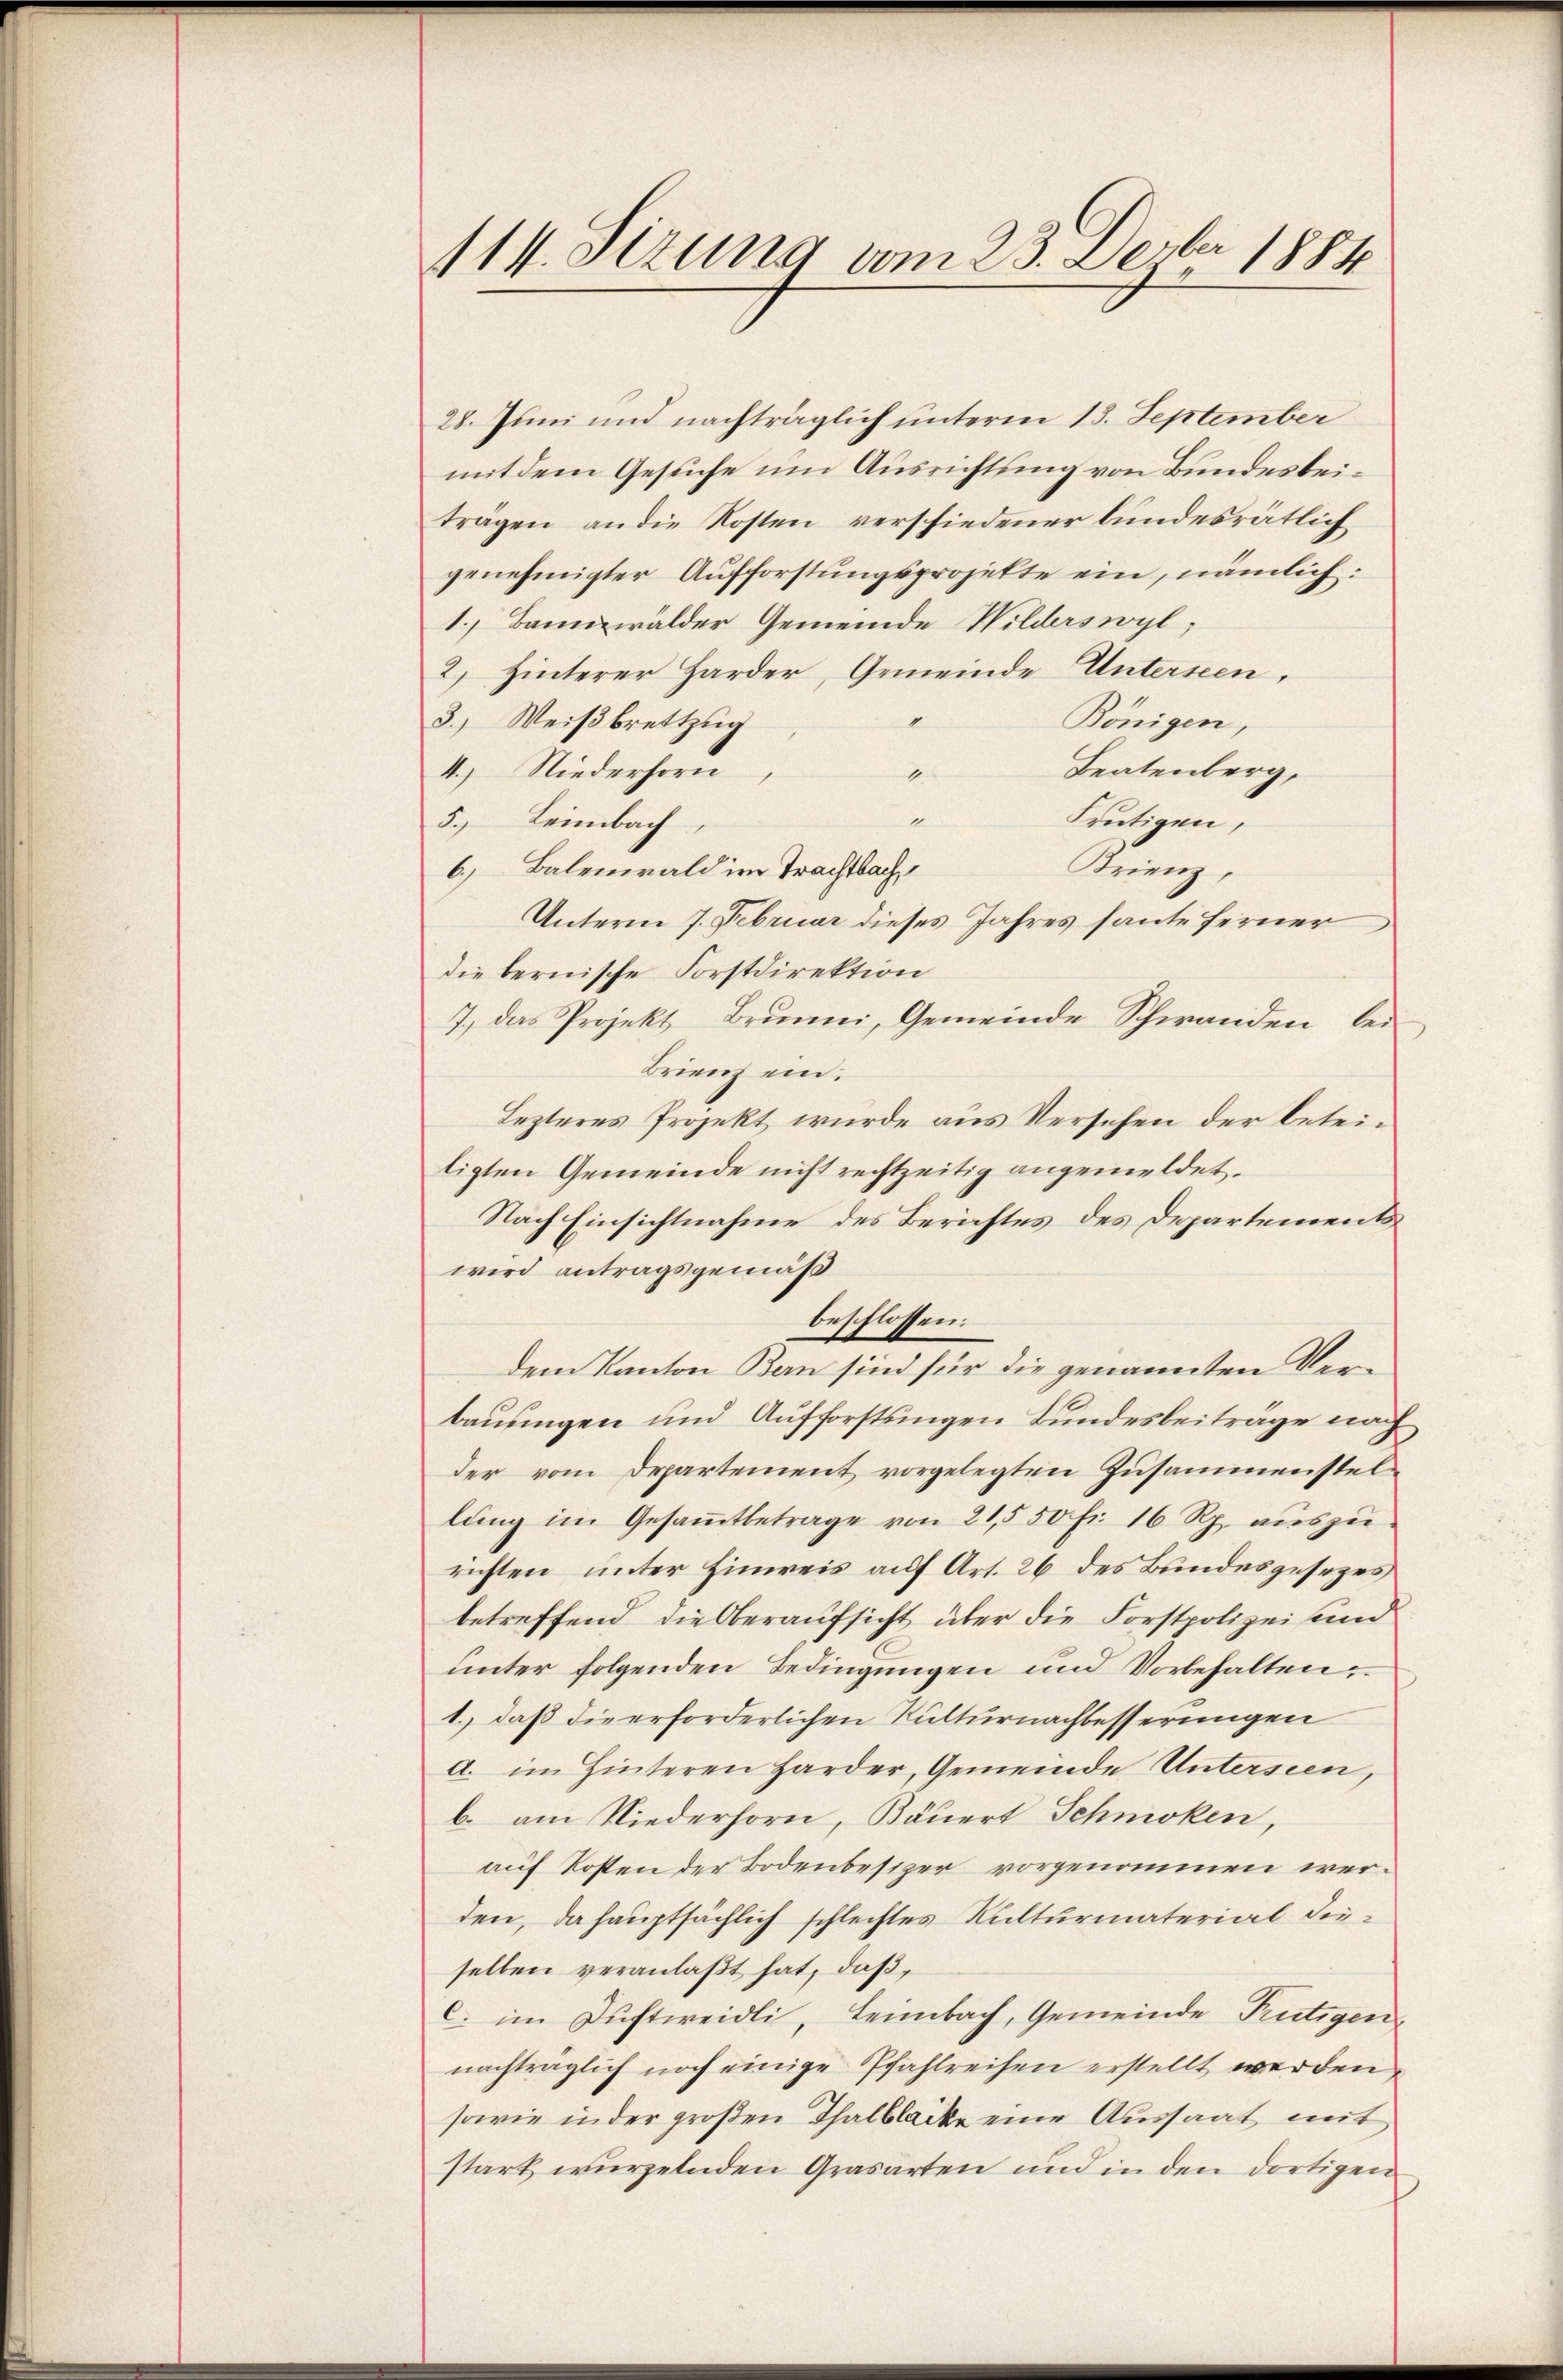
114. Sizung vom 23. Devber 1884

28. Juni und nachträglich unterm 13. September
mit dem Gesuche um Ausrichtung von Bundesbeiträgen an die Kosten verschiedener bundesrätlich
genehmigter Aufforstungsprojekte ein, nämlich:
1. Bannwalder Gemeinde Wilderswyl,
2) Hinterer Harder, Gemeinde Unterseen,
1
3.) Weißbrettzug
Bönigen,
Teatenberg,
4.) Niederhorn,
1
Frutigen,
A
5. Leimbach,
Krienz,
6.) Balenwald im Trachtbach,
Unterm 7. Februar dieses Jahres haute ferner
die bernische Forstdirektion
7. das Projekt Brŭnni, Gemeinde Schwanden bei
Brienz ein.
Lezteres Projekt wurde aus Versehen der beteiligten Gemeinde nicht rechtzeitig angemeldet.
Nach Einsichtnahme des Berichtes des Departements
wird antragsgemäß
beschlossen:
dem Kanton Bern sind für die genannten Verbauungen und Aufforstungen Bundesbeiträge nach
der vom Departement vorgelegten Zusammenstellung im Gesammtbetrage von 21,550 fr. 16 Rp. auszurichten unter Einweis auf Art. 26 des Bundesgesezes
betreffend die Oberaufsicht über die Forstpolizei und
unter folgenden Bedingungen und Vorbehalten
1.) daß die erforderlichen Kulturnachbesserungen
a. im Hinteren Harder, Gemeinde Untersien,
b. am Niederhorn, Bäuert Schmoken,
auf Kosten der Bodenbesizer vorgenommen werden, da hauptsächlich schlechtes Kulturmaterial dieselben veranlaßt hat, daß,
c. im Luftweidli, Leimbach, Gemeinde Frutigen
nachträglich noch einige Pfahlreisen erstellt werden,
sowie in der großen Thalblacke eine Aussaat mit
stark wurzelnden Grasarten und in den dortigen